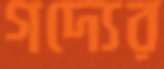
গদ্যের